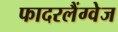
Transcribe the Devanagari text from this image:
फादरलैंग्वेज